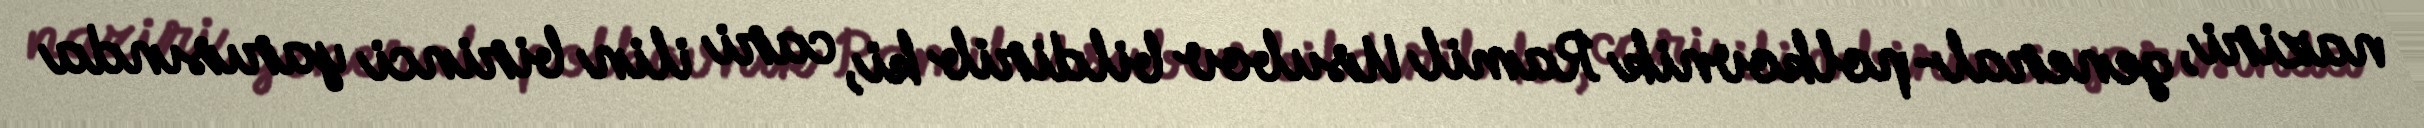
naziri, general-polkovnik Ramil Usubov bildirib ki, cari ilin birinci yarısında